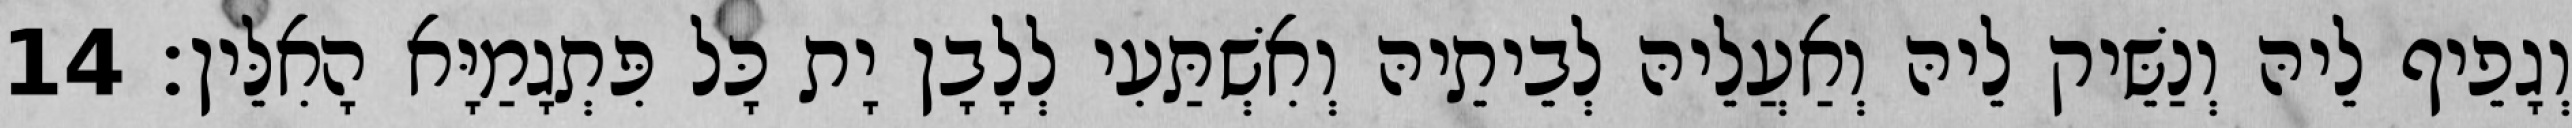
וְגָפֵיף לֵיהּ וְנַשֵּׁיק לֵיהּ וְאַעֲלֵיהּ לְבֵיתֵיהּ וְאִשְׁתַּעִי לְלָבָן יָת כָּל פִּתְגָמַיָּא הָאִלֵּין׃ 14